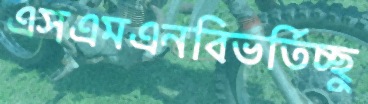
এসএমএনবিভর্তিচ্ছু